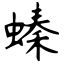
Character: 螓